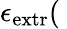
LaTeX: \epsilon_{\mathrm{{extr}}}(\